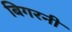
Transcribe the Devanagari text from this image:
बिगरनी